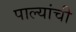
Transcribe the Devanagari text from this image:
पाल्यांची